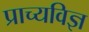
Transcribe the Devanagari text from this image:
प्राच्यविज्ञ